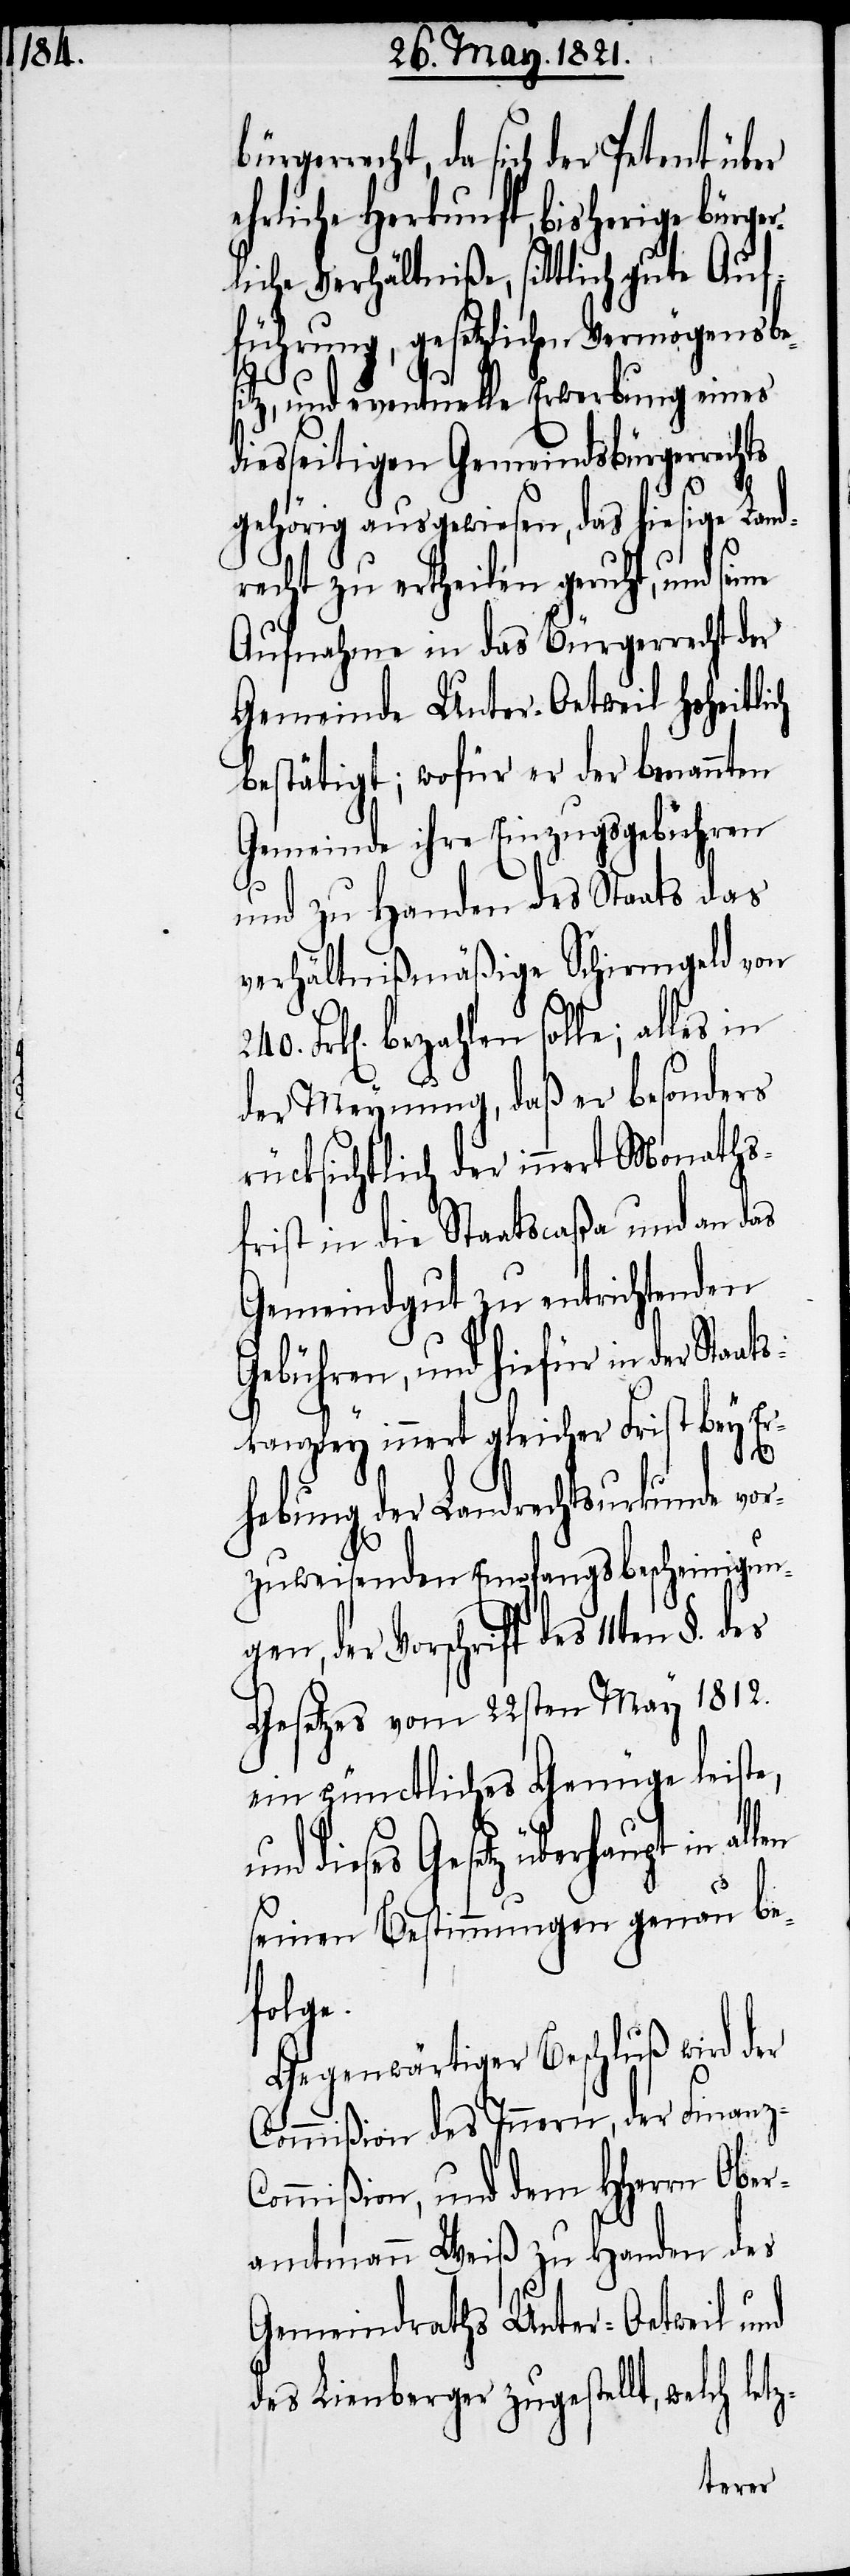
gerrecht, da sich der Petent über
ehrliche Herkunft, bisherige bürge¬
liche Verhältniße, sittlich gute Auf¬
führung, gesetzlichen Vermögensbe¬
sitz, und eventuelle Erwerbung eines
diesseitigen Gemeindsbürgerrech¬
ts
gehörig ausgewiesen, das hiesige Land¬
recht zu ertheilen geruht, und seine
Aufnahme in das Bürgerrecht der
Gemeinde Unter-Oetweil hoheitlich
bestätigt; wofür er der benannten
Gemeinde ihre Einzugsgebühren
und zu Handen des Staats das
verhältnißmäßige Schirmgeld von
Frk[en]. bezahlen solle; alles in
der Meynung, daß er besonders
rücksichtlich der innert Monaths¬
frist in die Staatscaßa und an das
Gemeindgut zu entrichtenden
Gebühren, und hiefür in der Staat¬
skanzley innert gleicher Frist bey Er¬
tz-
hebung der Landrechtsurkunde vor¬
zuweisenden Empfangsbescheinigun¬
gen, der Vorschrift des 11ten §.
Gesetzes vom 22sten May 1812.
ein pünctliches Genüge leiste,
dieses Gesetz überhaupt in
seinen Bestimmungen genau be¬
folge.
Gegenwärtiger Beschluß wird der
Commißion des Innern, der Finanz-C¬
ommißion, und dem HHerrn Ober¬
amtmann Weiß zu Handen des
Gemeindraths Unter-Oetweil und
des Lienberger zugestellt, welch le¬